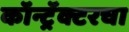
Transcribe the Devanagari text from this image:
कॉन्ट्रॅक्टरचा